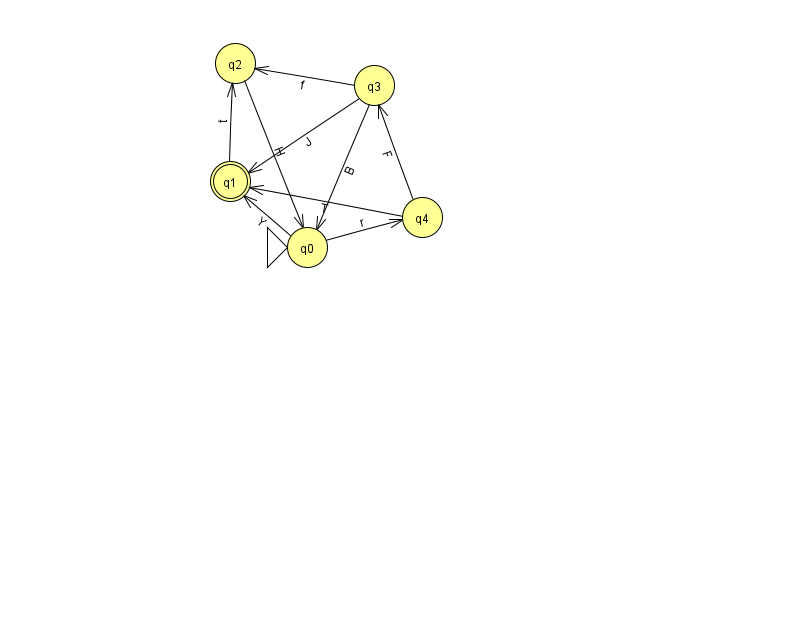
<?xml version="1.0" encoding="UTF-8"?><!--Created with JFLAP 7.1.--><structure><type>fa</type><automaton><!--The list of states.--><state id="0" name="q0"><x>307.0</x><y>234.0</y><initial/></state><state id="1" name="q1"><x>230.0</x><y>168.0</y><final/></state><state id="2" name="q2"><x>235.0</x><y>50.0</y></state><state id="3" name="q3"><x>374.0</x><y>72.0</y></state><state id="4" name="q4"><x>422.0</x><y>204.0</y></state><!--The list of transitions.--><transition><from>2</from><to>0</to><read>H</read></transition><transition><from>3</from><to>0</to><read>B</read></transition><transition><from>1</from><to>2</to><read>t</read></transition><transition><from>4</from><to>1</to><read>T</read></transition><transition><from>0</from><to>4</to><read>r</read></transition><transition><from>0</from><to>1</to><read>Y</read></transition><transition><from>3</from><to>1</to><read>J</read></transition><transition><from>3</from><to>2</to><read>f</read></transition><transition><from>4</from><to>3</to><read>F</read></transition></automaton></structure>